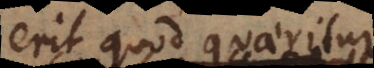
erit quod quaeritur.